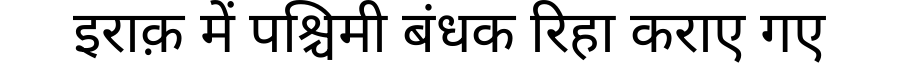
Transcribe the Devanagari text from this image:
इराक़ में पश्चिमी बंधक रिहा कराए गए